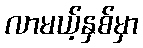
လာမယ့်နှစ်မှာ